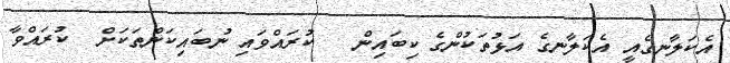
އެކަލާނގެއީ އެކަލާނގެ އަޅުތަކުންގެ ކިބައިން   ކުރައްވައި ނުބައިކަންތަކަށް  ކުރައްވާ